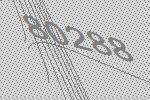
80288